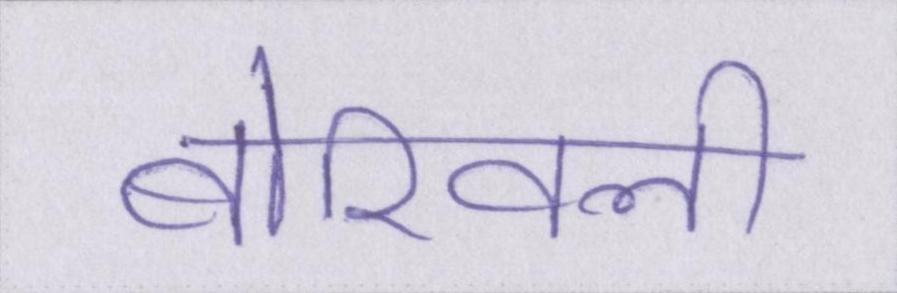
बोरिवली